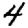
Digit: 4